Vaccination North-Western Provinces 1866-1877 - 1866-1877
Year: 1866
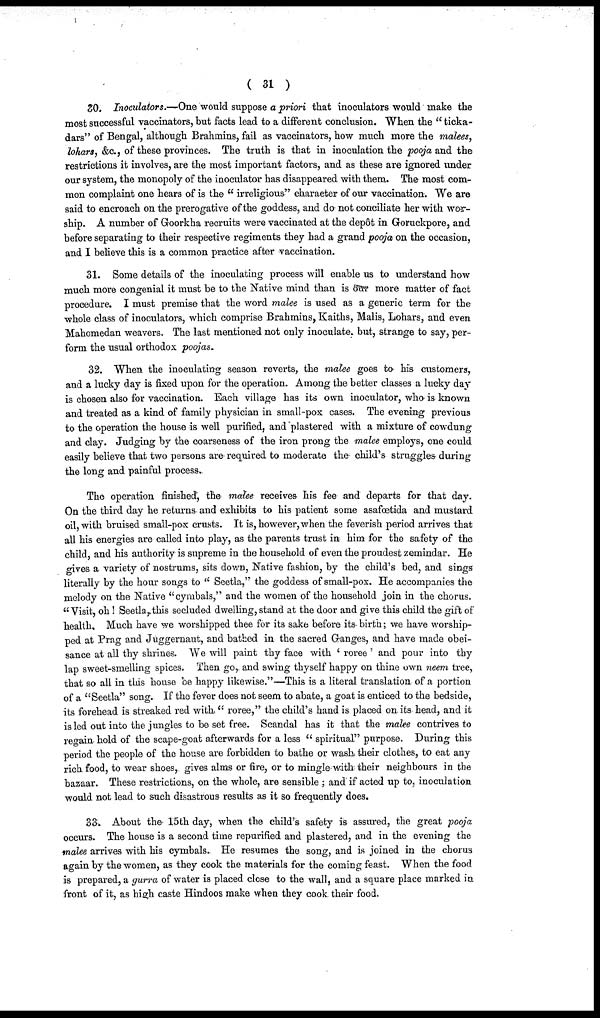
( 31 )
30. Inoculators.—One would suppose a priori that inoculators would make the
most successful vaccinators, but facts lead to a different conclusion. When the "ticka¬
dars" of Bengal, although Brahmins, fail as vaccinators, how much more the malees,
lohars, &c., of these provinces. The truth is that in inoculation the pooja and the
restrictions it involves, are the most important factors, and as these are ignored under
our system, the monopoly of the inoculator has disappeared with them. The most com-
mon complaint one hears of is the "irreligious" character of our vaccination. We are
said to encroach on the prerogative of the goddess, and do not conciliate her with wor-
ship. A number of Goorkha recruits were vaccinated at the depôt in Goruckpore, and
before separating to their respective regiments they had a grand pooja on the occasion,
and I believe this is a common practice after vaccination.
31. Some details of the inoculating process will enable us to understand how
much more congenial it must be to the Native mind than is our more matter of fact
procedure. I must premise that the word malee is used as a generic term for the
whole class of inoculators, which comprise Brahmins, Kaiths, Malis, Lohars, and even
Mahomedan weavers. The last mentioned not only inoculate, but, strange to say, per-
form the usual orthodox poojas.
32. When the inoculating season reverts, the malee goes to his customers,
and a lucky day is fixed upon for the operation. Among the better classes a lucky day
is chosen also for vaccination. Each village has its own inoculator, who is known
and treated as a kind of family physician in small-pox cases. The evening previous
to the operation the house is well purified, and plastered with a mixture of cowdung
and clay. Judging by the coarseness of the iron prong the malee employs, one could
easily believe that two persons are required to moderate the child's struggles during
the long and painful process.
The operation finished, the malee receives his fee and departs for that day.
On the third day he returns and exhibits to his patient some asafœtida and mustard
oil, with bruised small-pox crusts. It is, however, when the feverish period arrives that
all his energies are called into play, as the parents trust in him for the safety of the
child, and his authority is supreme in the household of even the proudest zemindar. He
gives a variety of nostrums, sits down, Native fashion, by the child's bed, and sings
literally by the hour songs to "Seetla," the goddess of small-pox. He accompanies the
melody on the Native "cymbals," and the women of the household join in the chorus.
"Visit, oh! Seetla, this secluded dwelling, stand at the door and give this child the gift of
health. Much have we worshipped thee for its sake before its birth; we have worship-
ped at Prag and Juggernaut, and bathed in the sacred Ganges, and have made obei-
sance at all thy shrines. We will paint thy face with 'roree ' and pour into thy
lap sweet-smelling spices. Then go, and swing thyself happy on thine own neem tree,
that so all in this house be happy likewise."—This is a literal translation of a portion
of a "Seetla" song. If the fever does not seem to abate, a goat is enticed to the bedside,
its forehead is streaked red with "roree," the child's hand is placed on its head, and it
is led out into the jungles to be set free. Scandal has it that the malee contrives to
regain hold of the scape-goat afterwards for a less "spiritual" purpose. During this
period the people of the house are forbidden to bathe or wash their clothes, to eat any
rich food, to wear shoes, gives alms or fire, or to mingle with their neighbours in the
bazaar. These restrictions, on the whole, are sensible ; and if acted up to, inoculation
would not lead to such disastrous results as it so frequently does.
33. About the 15th day, when the child's safety is assured, the great pooja
occurs. The house is a second time repurified and plastered, and in the evening the
malee arrives with his cymbals. He resumes the song, and is joined in the chorus
again by the women, as they cook the materials for the coming feast. When the food
is prepared, a gurra of water is placed close to the wall, and a square place marked in
front of it, as high caste Hindoos make when they cook their food.